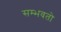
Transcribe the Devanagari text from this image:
सम्भवतो